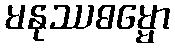
မနုဿဓမ္မော